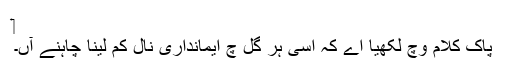
‏
پاک کلام وچ لکھیا اے کہ اَسی ہر گل چ ایمانداری نال کم لینا چاہنے آں۔